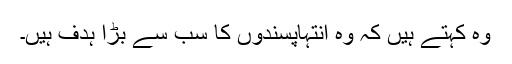
وہ کہتے ہیں کہ وہ انتہاپسندوں کا سب سے بڑا ہدف ہیں۔